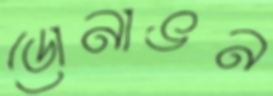
ডোনাভন